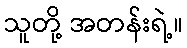
သူတို့ အတန်းရဲ့။